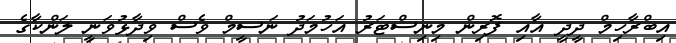
އިބްރާހިމް ދީދީ އާއި ފޮރިން މިނިސްޓަރު އަހުމަދު ނަސީމް ވެސް ވިދާޅުވަނީ ލަންކާގެ